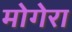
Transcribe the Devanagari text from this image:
मोगेरा